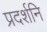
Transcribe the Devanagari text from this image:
प्रदर्शनि